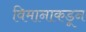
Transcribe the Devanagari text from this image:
विमानाकडून